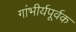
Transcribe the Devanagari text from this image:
गांभीर्यपूर्वक